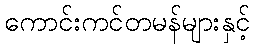
ကောင်းကင်တမန်များနှင့်